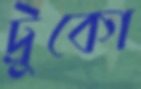
ট্রুকো